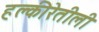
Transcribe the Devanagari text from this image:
हल्‍कीरेतीली